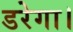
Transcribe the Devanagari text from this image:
डरेगा।